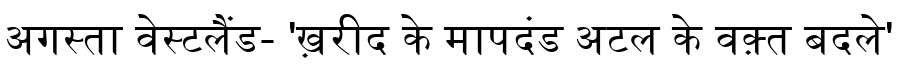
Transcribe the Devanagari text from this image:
अगस्ता वेस्टलैंड- 'ख़रीद के मापदंड अटल के वक़्त बदले'